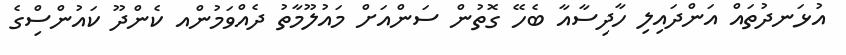
އުޅަނދުތައް އަންދައިލި ހާދިސާއާ ބެހޭ ގޮތުން ސަންއަށް މައުލޫމާތު ދެއްވަމުންއ ކެންދޫ ކައުންސިްގެ